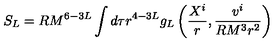
S _ { L } = R M ^ { 6 - 3 L } \int d \tau r ^ { 4 - 3 L } g _ { L } \left( \frac { X ^ { i } } { r } , \frac { v ^ { i } } { R M ^ { 3 } r ^ { 2 } } \right)